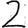
Digit: 2